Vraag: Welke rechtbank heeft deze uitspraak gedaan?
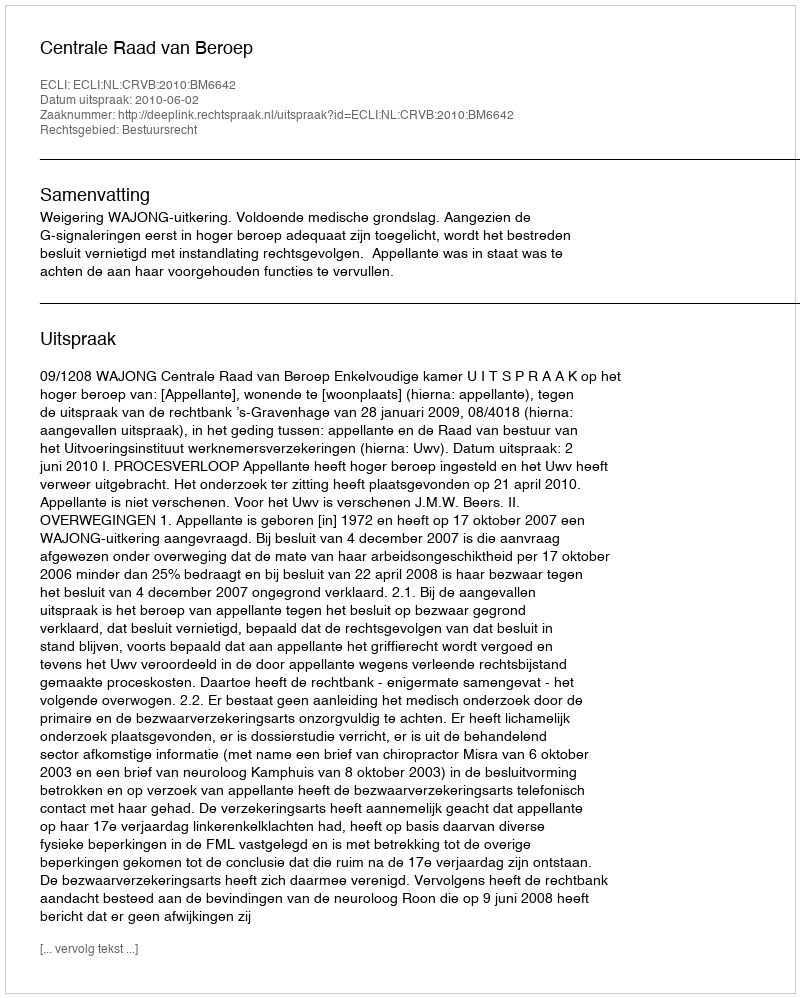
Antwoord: Centrale Raad van Beroep